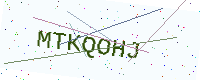
Text: MTKQOHJ